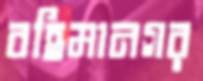
বহিমানগর